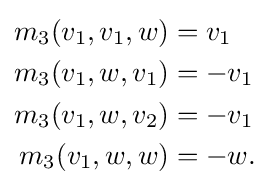
{\begin{aligned}m_{3}(v_{1},v_{1},w)&=v_{1}\\m_{3}(v_{1},w,v_{1})&=-v_{1}\\m_{3}(v_{1},w,v_{2})&=-v_{1}\\m_{3}(v_{1},w,w)&=-w.\end{aligned}}